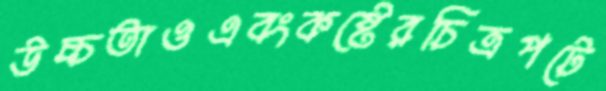
উচ্চতাওএবংকষ্টেরচিত্রপটে